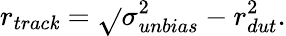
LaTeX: r_{trac\mathit{k}}=\sqrt{}{{\sigma_{unbias}^{2}-r_{dut}^{2}}}.